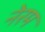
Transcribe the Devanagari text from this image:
नेरम